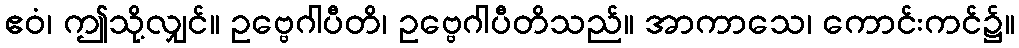
ဧဝံ၊ ဤသို့လျှင်။ ဥဗ္ဗေဂါပီတိ၊ ဥဗ္ဗေဂါပီတိသည်။ အာကာသေ၊ ကောင်းကင်၌။